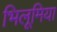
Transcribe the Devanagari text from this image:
भिलूमिया